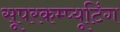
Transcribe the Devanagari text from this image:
सूपरकम्प्यूटिंग